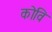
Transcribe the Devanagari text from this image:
कोवि